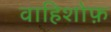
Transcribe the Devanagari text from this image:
वाहिशोफ़